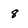
Character: 8